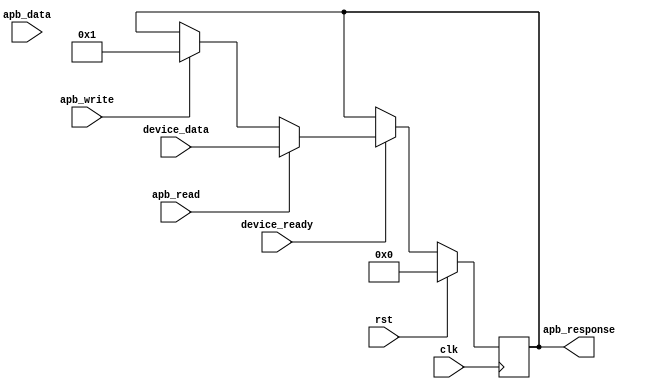
module apb_controller (
    input wire clk,
    input wire rst,
    input wire [31:0] apb_data,
    input wire apb_read,
    input wire apb_write,
    input wire [31:0] device_data,
    input wire device_ready,
    output reg [31:0] apb_response
);

// Timing control and synchronization logic
always @ (posedge clk) begin
    if (rst) begin
        // Reset values
        apb_response <= 32'b0;
    end else begin
        // Synchronize data transactions
        if (device_ready) begin
            if (apb_read) begin
                apb_response <= device_data;
            end else if (apb_write) begin
                apb_response <= 32'b1; // Confirm successful write transaction
            end
        end
    end
end

endmodule